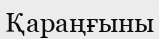
Қараңғыны